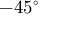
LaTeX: - 4 5 ^ { \circ }